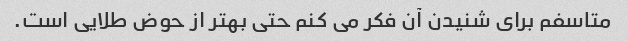
متاسفم برای شنیدن آن فکر می کنم حتی بهتر از حوض طلایی است.